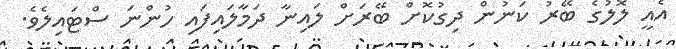
އެެއީ ލޮލުގެ ބޭރު ކަނުން ދިގުކޮށް ބޭރަށް ލައިނާ ދަމާލައިފައި ހުންނަ ސްޓައިލެވެ.